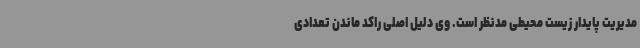
مدیریت پایدار زیست محیطی مدنظر است. وی دلیل اصلی راکد ماندن تعدادی